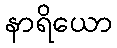
နာရိယော